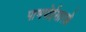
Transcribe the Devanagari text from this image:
पाणपोईसारखे